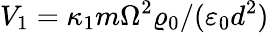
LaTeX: V_{1}=\kappa_{1}m\Omega^{2}\varrho_{0}/(\varepsilon_{0}d^{2})